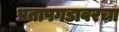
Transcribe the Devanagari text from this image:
प्रतापगडावरचा